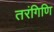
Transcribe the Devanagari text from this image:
तरंगिणि